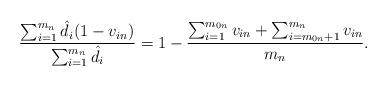
LaTeX: \begin{align*}\frac{\sum_{i=1}^{m_n} \hat d_i(1-v_{in})}{\sum_{i=1}^{m_n}\hat d_i}=1-\frac{\sum_{i=1}^{m_{0n}}v_{in}+\sum_{i=m_{0n}+1}^{m_{n}}v_{in}}{m_n}.\end{align*}